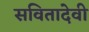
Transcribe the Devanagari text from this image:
सवितादेवी